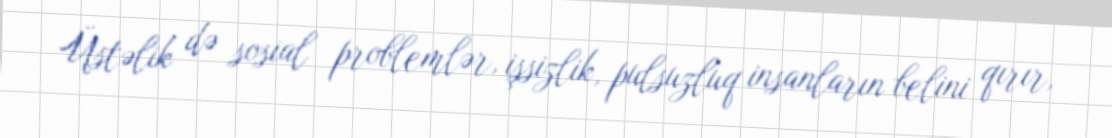
Üstəlik də sosial problemlər, işsizlik, pulsuzluq insanların belini qırır,